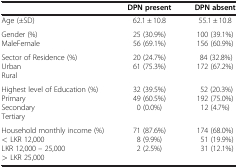
<table><thead><tr><td><b> </b></td><td><b>DPN present</b></td><td><b>DPN absent</b></td></tr></thead><tbody><tr><td>Age (±SD)</td><td>62.1 ± 10.8</td><td>55.1 ± 10.8</td></tr><tr><td>Gender (%)MaleFemale</td><td>25 (30.9%)56 (69.1%)</td><td>100 (39.1%)156 (60.9%)</td></tr><tr><td>Sector of Residence (%)UrbanRural</td><td>20 (24.7%)61 (75.3%)</td><td>84 (32.8%)172 (67.2%)</td></tr><tr><td>Highest level of Education (%)PrimarySecondaryTertiary</td><td>32 (39.5%)49 (60.5%)0 (0.0%)</td><td>52 (20.3%)192 (75.0%)12 (4.7%)</td></tr><tr><td>Household monthly income (%)&lt; LKR 12,000LKR 12,000 – 25,000&gt; LKR 25,000</td><td>71 (87.6%)8 (9.9%)2 (2.5%)</td><td>174 (68.0%)51 (19.9%)31 (12.1%)</td></tr></tbody></table>